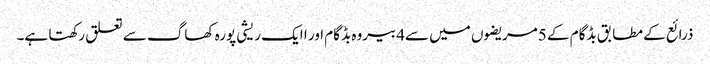
ذرائع کے مطابق بڈگام کے 5مریضوں میں سے4بیروہ بڈگام اور ا ایک ریشی پورہ کھاگ سے تعلق رکھتا ہے۔